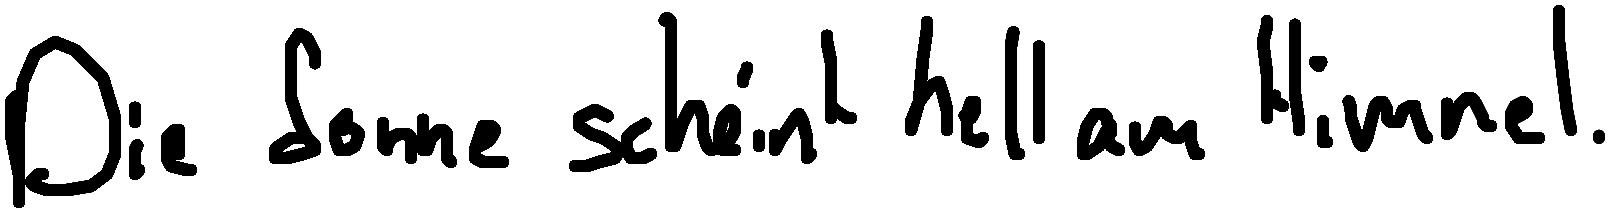
Die Sonne scheint hell am Himmel.